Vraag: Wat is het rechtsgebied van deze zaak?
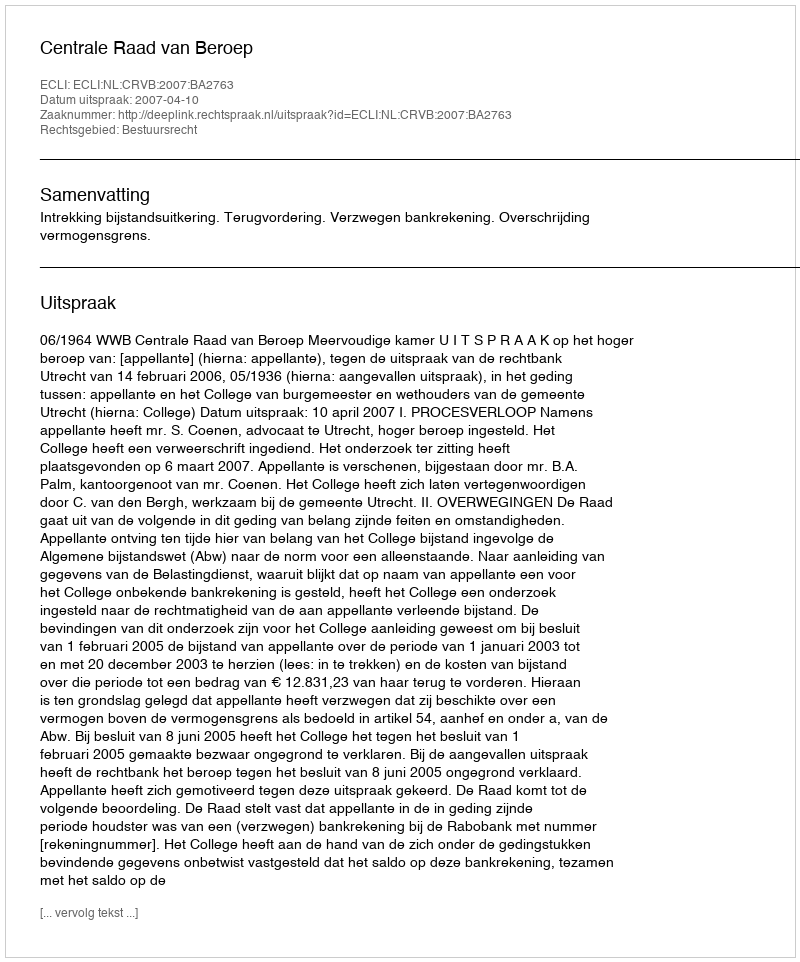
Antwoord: Bestuursrecht